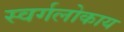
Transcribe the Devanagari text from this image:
स्वर्गलोकाय